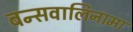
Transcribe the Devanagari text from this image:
बन्सवालिनामा